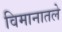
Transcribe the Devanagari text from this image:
विमानातले